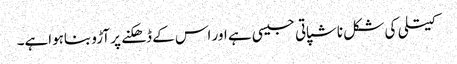
کیتلی کی شکل ناشپاتی جیسی ہے اور اس کے ڈھکنے پر آڑو بناہواہے۔